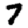
Digit: 7